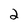
Character: 2